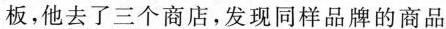
板，他去了三个商店，发现同样品牌的商品